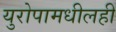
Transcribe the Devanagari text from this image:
युरोपामधीलही